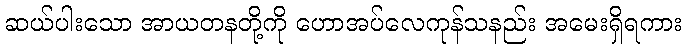
ဆယ်ပါးသော အာယတနတို့ကို ဟောအပ်လေကုန်သနည်း အမေးရှိရကား